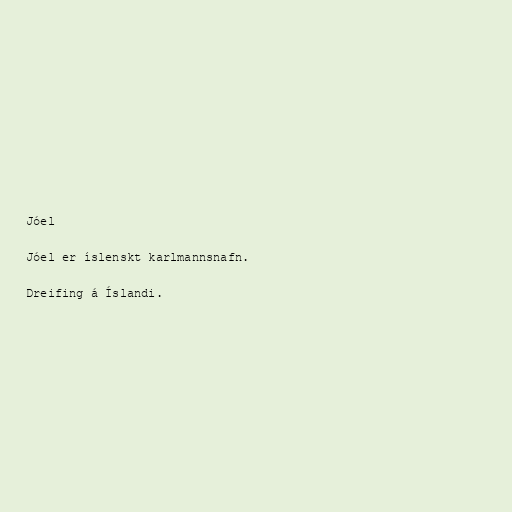
Jóel

Jóel er íslenskt karlmannsnafn.

Dreifing á Íslandi.